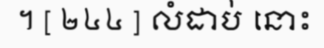
។ [ ២៤៤ ] លំដាប់ នោះ